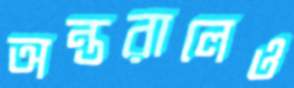
অন্তরালেও